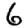
Digit: 6